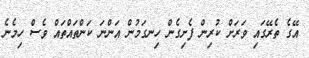
އޭގެ ތެރޭގައި ވަރަށް ކުރިން ފެށިގެން ހިނގަމުން އަންނަ ކަންތައްތައް ވެސް ހިމެނެ